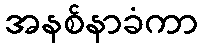
အနစ်နာခံကာ